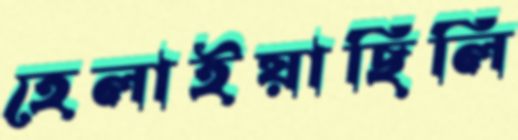
হেলাইয়াছিলি